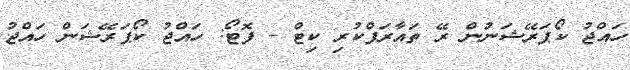
ހައްޖު ކޯޕަރޭޝަނުން ރޭ ތައާރަފްކުރި ކިޓް - ފޮޓޯ: ހައްޖު ކޯޕަރޭޝަން ހައްޖު